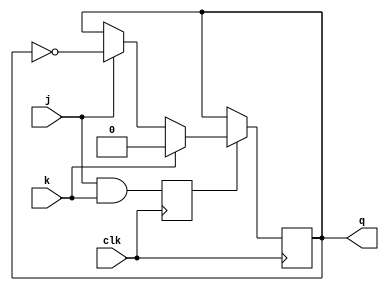
module jk_flip_flop (
    input wire j, k, clk,
    output reg q
);

reg master_latch, slave_latch;

always @(posedge clk) begin
    master_latch <= j & k;
end

always @(negedge clk) begin
    if (master_latch) begin
        if (j) begin
            q <= !q;
        end
        if (k) begin
            q <= 0;
        end
    end
end

endmodule